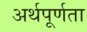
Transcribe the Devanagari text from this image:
अर्थपूर्णता